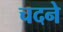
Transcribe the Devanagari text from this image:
चदने